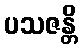
ပသဇန္တိ